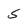
Character: 5